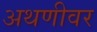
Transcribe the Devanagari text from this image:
अथणीवर